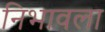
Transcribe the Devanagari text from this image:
निभावला